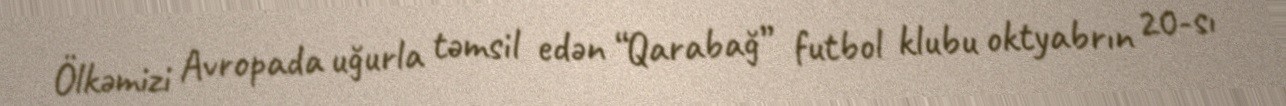
Ölkəmizi Avropada uğurla təmsil edən “Qarabağ” futbol klubu oktyabrın 20-sı